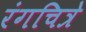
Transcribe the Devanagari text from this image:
रंगचित्रे